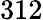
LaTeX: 312